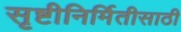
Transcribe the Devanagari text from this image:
सृष्टीनिर्मितीसाठी